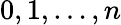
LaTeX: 0,1,\ldots,n